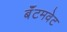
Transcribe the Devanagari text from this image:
बॅंटमवेट